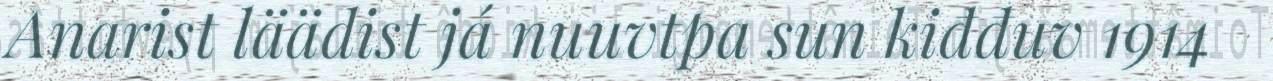
Anarist läädist já nuuvtpa sun kiđđuv 1914